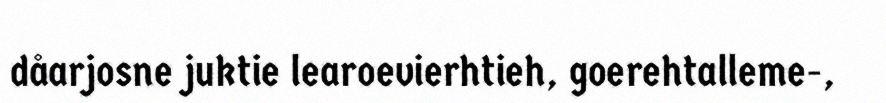
dåarjosne juktie learoevierhtieh, goerehtalleme-,